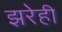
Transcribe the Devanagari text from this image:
झरेही